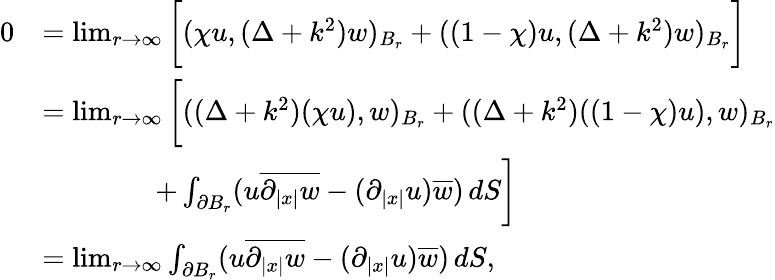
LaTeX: \begin{array}{rl}{0}&{=\operatorname*{lim}_{r\rightarrow\infty}\bigg[(\chi u,(\Delta+k^{2})w)_{B_{r}}+((1-\chi)u,(\Delta+k^{2})w)_{B_{r}}\bigg]}\\ &{=\operatorname*{lim}_{r\rightarrow\infty}\bigg[((\Delta+k^{2})(\chi u),w)_{B_{r}}+((\Delta+k^{2})((1-\chi)u),w)_{B_{r}}}\\ &{\qquad\qquad+\int_{\partial B_{r}}(u\overline{{\partial_{|x|}w}}-(\partial_{|x|}u)\overline{{w}})\, dS\bigg]}\\ &{=\operatorname*{lim}_{r\rightarrow\infty}\int_{\partial B_{r}}(u\overline{{\partial_{|x|}w}}-(\partial_{|x|}u)\overline{{w}})\, dS,}\end{array}